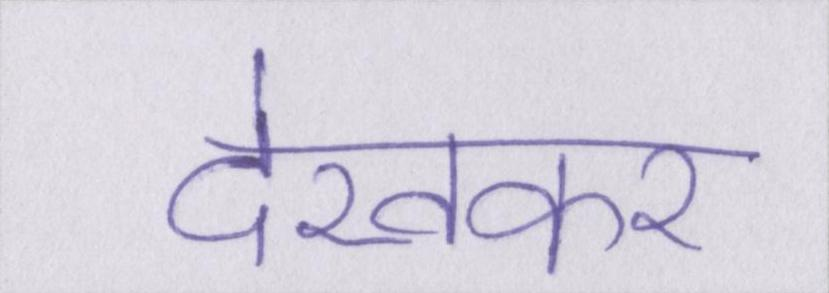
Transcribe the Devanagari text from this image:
देखकर